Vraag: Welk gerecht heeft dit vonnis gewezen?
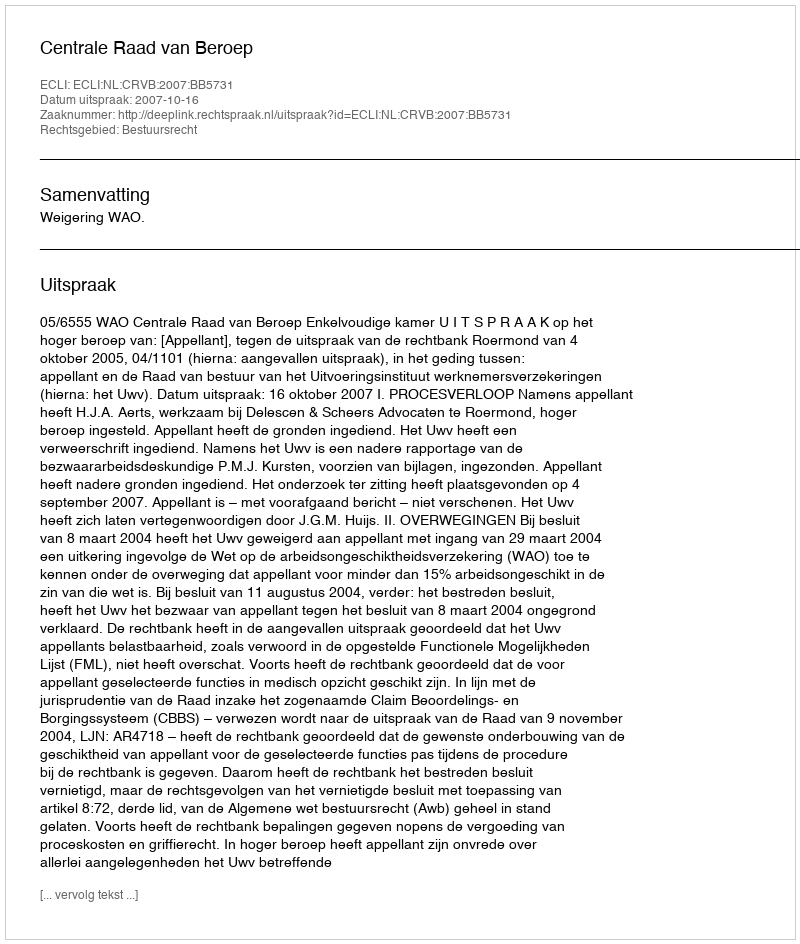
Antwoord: Centrale Raad van Beroep